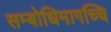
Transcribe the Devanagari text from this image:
सम्बोधिमागच्चि